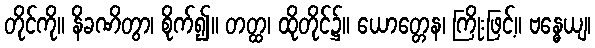
တိုင်ကို။ နိခဏိတွာ၊ စိုက်၍။ တတ္ထ၊ ထိုတိုင်၌။ ယောတ္တေန၊ ကြိုးဖြင့်။ ဗန္ဓေယျ၊